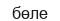
бөле